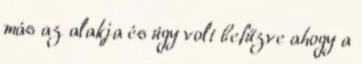
más az alakja és úgy volt befűzve ahogy a